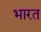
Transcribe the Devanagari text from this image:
भारत